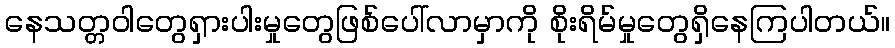
နေသတ္တဝါတွေရှားပါးမှုတွေဖြစ်ပေါ်လာမှာကို စိုးရိမ်မှုတွေရှိနေကြပါတယ်။